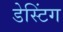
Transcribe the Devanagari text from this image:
डेस्टिंग